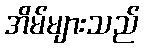
အိမ်များသည်